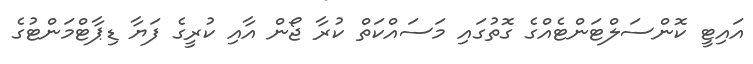
އައިޓީ ކޮންސަލްޓަންޓެއްގެ ގޮތުގައި މަސައްކަތް ކުރާ ޖޯން އާއި ކުރީގެ ފަޔާ ޑިޕާޓްމަންޓުގެ